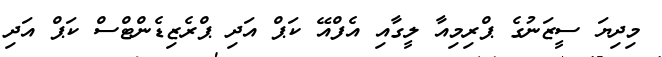
މިދިޔަ ސީޒަނުގެ ޕްރިމިއާ ލީގާއި އެފްއޭ ކަޕް އަދި ޕްރެޒިޑެންޓްސް ކަޕް އަދި